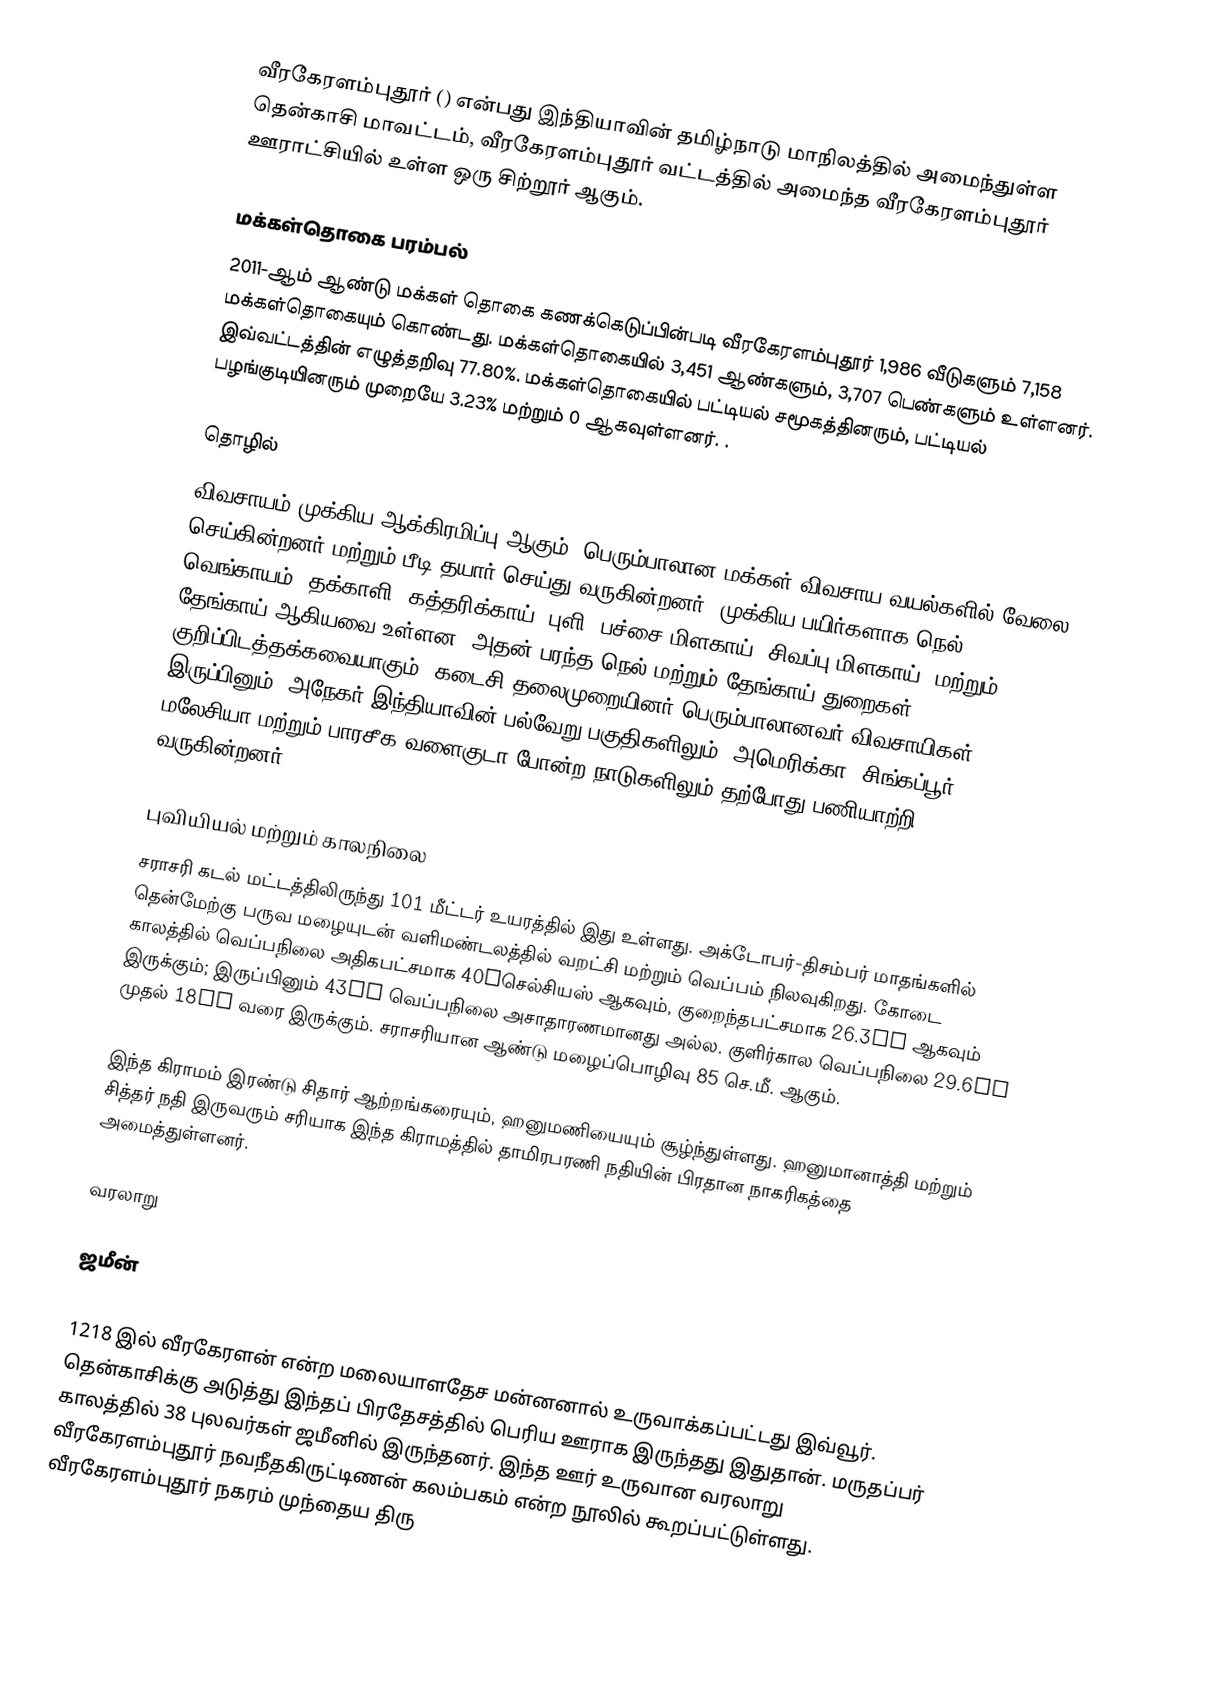
வீரகேரளம்புதூர் () என்பது இந்தியாவின் தமிழ்நாடு மாநிலத்தில் அமைந்துள்ள தென்காசி மாவட்டம், வீரகேரளம்புதூர் வட்டத்தில் அமைந்த வீரகேரளம்புதூர் ஊராட்சியில் உள்ள ஒரு சிற்றூர் ஆகும்.

மக்கள்தொகை பரம்பல்
2011-ஆம் ஆண்டு மக்கள் தொகை கணக்கெடுப்பின்படி வீரகேரளம்புதூர் 1,986 வீடுகளும் 7,158 மக்கள்தொகையும் கொண்டது. மக்கள்தொகையில்  3,451  ஆண்களும்,   3,707 பெண்களும் உள்ளனர்.    இவ்வட்டத்தின் எழுத்தறிவு  77.80%. மக்கள்தொகையில் பட்டியல் சமூகத்தினரும், பட்டியல் பழங்குடியினரும் முறையே  3.23% மற்றும்  0 ஆகவுள்ளனர். .

தொழில்
விவசாயம் முக்கிய ஆக்கிரமிப்பு ஆகும். பெரும்பாலான மக்கள் விவசாய வயல்களில் வேலை செய்கின்றனர் மற்றும் பீடி தயார் செய்து வருகின்றனர். முக்கிய பயிர்களாக நெல், வெங்காயம், தக்காளி, கத்தரிக்காய், புளி, பச்சை மிளகாய், சிவப்பு மிளகாய், மற்றும் தேங்காய் ஆகியவை உள்ளன. அதன் பரந்த நெல் மற்றும் தேங்காய் துறைகள் குறிப்பிடத்தக்கவையாகும். கடைசி தலைமுறையினர் பெரும்பாலானவர் விவசாயிகள்; இருப்பினும், அநேகர் இந்தியாவின் பல்வேறு பகுதிகளிலும், அமெரிக்கா, சிங்கப்பூர், மலேசியா மற்றும் பாரசீக வளைகுடா போன்ற நாடுகளிலும் தற்போது பணியாற்றி வருகின்றனர்.

புவியியல் மற்றும் காலநிலை
சராசரி கடல் மட்டத்திலிருந்து 101 மீட்டர் உயரத்தில் இது உள்ளது. அக்டோபர்-திசம்பர் மாதங்களில் தென்மேற்கு பருவ மழையுடன் வளிமண்டலத்தில் வறட்சி மற்றும் வெப்பம் நிலவுகிறது. கோடை காலத்தில் வெப்பநிலை அதிகபட்சமாக 40°செல்சியஸ் ஆகவும், குறைந்தபட்சமாக 26.3°C ஆகவும் இருக்கும்; இருப்பினும் 43°C வெப்பநிலை அசாதாரணமானது அல்ல. குளிர்கால வெப்பநிலை 29.6°C முதல் 18°C வரை இருக்கும். சராசரியான ஆண்டு மழைப்பொழிவு 85 செ.மீ. ஆகும்.

இந்த கிராமம் இரண்டு சிதார் ஆற்றங்கரையும், ஹனுமணியையும் சூழ்ந்துள்ளது. ஹனுமானாத்தி மற்றும் சித்தர் நதி இருவரும் சரியாக இந்த கிராமத்தில் தாமிரபரணி நதியின் பிரதான நாகரிகத்தை அமைத்துள்ளனர்.

வரலாறு

ஜமீன்

1218 இல் வீரகேரளன் என்ற மலையாளதேச மன்னனால் உருவாக்கப்பட்டது இவ்வூர். தென்காசிக்கு அடுத்து இந்தப் பிரதேசத்தில் பெரிய ஊராக இருந்தது இதுதான். மருதப்பர் காலத்தில் 38 புலவர்கள் ஜமீனில் இருந்தனர். இந்த ஊர் உருவான வரலாறு வீரகேரளம்புதூர் நவநீதகிருட்டிணன் கலம்பகம் என்ற நூலில் கூறப்பட்டுள்ளது. வீரகேரளம்புதூர் நகரம் முந்தைய திரு